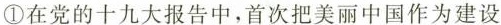
①在党的十九大报告中，首次把美丽中国作为建设